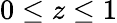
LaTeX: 0\leq z\leq 1